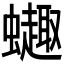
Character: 𫋦